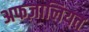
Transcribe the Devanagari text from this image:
अफज़ालियत